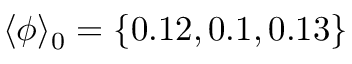
\langle \phi \rangle _ { 0 } = \{ 0 . 1 2 , 0 . 1 , 0 . 1 3 \}